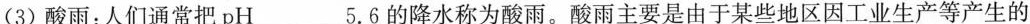
(3)酸雨：人们通常把pH___5.6的降水称为酸雨。酸雨主要是由于某些地区因工业生产等产生的